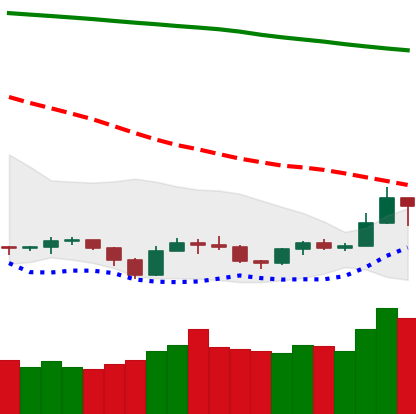
Ticker: TRX-USD
Chart end date: 2019-09-19
Forward return: -27.517%
Label: down_7plus